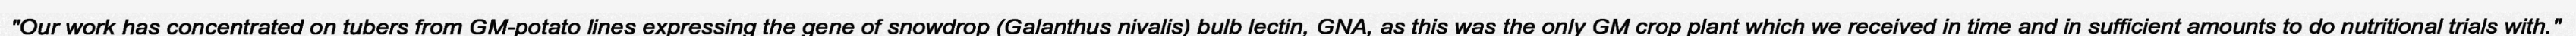
"Our work has concentrated on tubers from GM-potato lines expressing the gene of snowdrop (Galanthus nivalis) bulb lectin, GNA, as this was the only GM crop plant which we received in time and in sufficient amounts to do nutritional trials with."